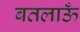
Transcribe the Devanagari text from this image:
बतलाऊँ